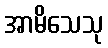
အာမိသေသု